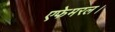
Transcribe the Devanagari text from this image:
एफेमरल।